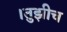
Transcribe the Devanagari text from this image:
।तुझीच